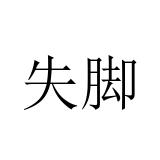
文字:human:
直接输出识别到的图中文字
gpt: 失脚